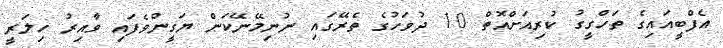
އެފްބީއައިގެ ތަހްގީގު ކުރިއަށްއޮތް 10 ދުވަހުގެ ތެރޭގައި ނުނިމޭނޭކަން ޔަގީންވެފައި ވާއިރު ހިލަރީ